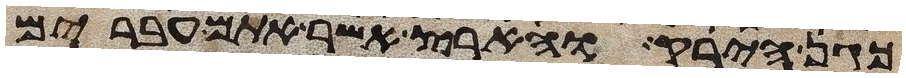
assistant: כגן הירק והארץ אשר אתם עברים